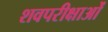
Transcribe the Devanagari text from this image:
शवपरीक्षाओं